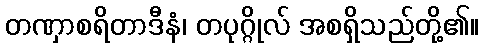
တဏှာစရိတာဒီနံ၊ တပုဂ္ဂိုလ် အစရှိသည်တို့၏။